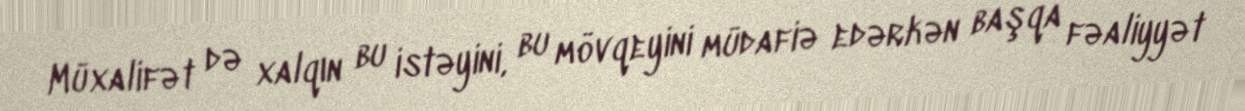
Müxalifət də xalqın bu istəyini, bu mövqeyini müdafiə edərkən başqa fəaliyyət